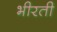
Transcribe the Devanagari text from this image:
भीरती